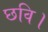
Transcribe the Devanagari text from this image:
छवि।